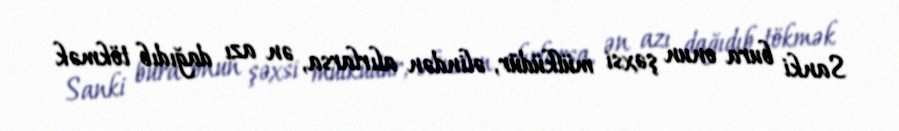
Sanki bura onun şəxsi mülküdür, əlindən alırlarsa, ən azı dağıdıb tökmək